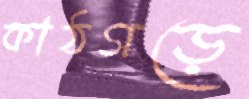
কাঠগড়ে